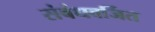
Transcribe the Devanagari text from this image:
संबंधवर्जित